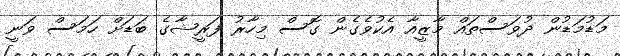
މަޑުމަޑުން ދުވަސްތައް މާޒީއާ އެކުވެގެން ގޮސް މިހާރު ފަރީޝާގެ ބަޑަށް ހަމަސް ވަނީ